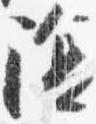
陰